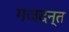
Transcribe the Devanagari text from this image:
गजदन्त